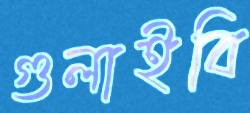
গুলাইবি